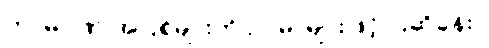
ကာမဂုဏ် အပြစ်များကို ဥပမာများဖြင့် ပြဆိုခန်း။